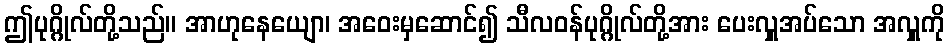
ဤပုဂ္ဂိုလ်တို့သည်။ အာဟုနေယျော၊ အဝေးမှဆောင်၍ သီလဝန်ပုဂ္ဂိုလ်တို့အား ပေးလှူအပ်သော အလှူကို